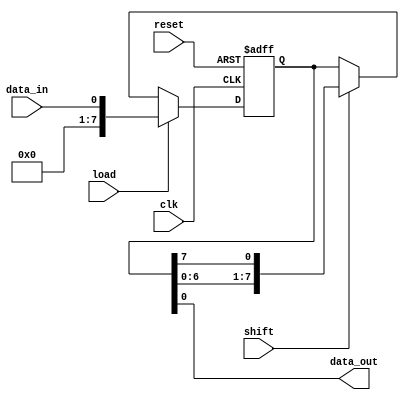
module shift_register(
    input wire clk,           // Clock input
    input wire reset,         // Reset input
    input wire load,          // Load data input
    input wire shift,         // Shift data input
    input wire data_in,       // Data input
    output reg data_out       // Data output
);

reg [7:0] shift_reg;         // 8-bit shift register

always @(posedge clk or posedge reset)
begin
    if (reset) begin          // Reset the shift register
        shift_reg <= 8'b0;
    end
    else if (load) begin      // Load data into the shift register
        shift_reg <= data_in;
    end
    else if (shift) begin     // Shift data through the register
        shift_reg <= {shift_reg[6:0], shift_reg[7]};
    end
end

assign data_out = shift_reg[0];  // Output data from the shift register

endmodule